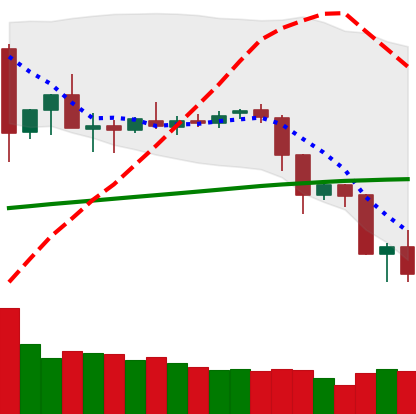
Ticker: ETC-USD
Chart end date: 2019-07-16
Forward return: 17.124%
Label: up_7plus